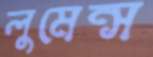
লুমেন্স